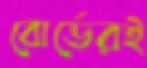
বোর্ডেরই